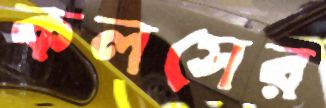
কলসের